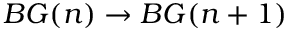
B G ( n ) \to B G ( n + 1 )